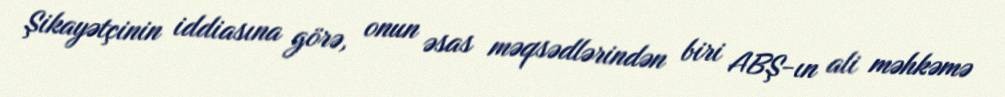
Şikayətçinin iddiasına görə, onun əsas məqsədlərindən biri ABŞ-ın ali məhkəmə